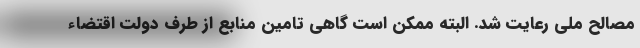
مصالح ملی رعایت شد. البته ممکن است گاهی تامین منابع از طرف دولت اقتضاء